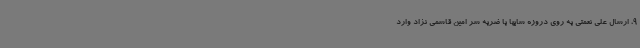
9، ارسال علی نعمتی به روی دروزه سایپا با ضربه سر امین قاسمی نژاد وارد